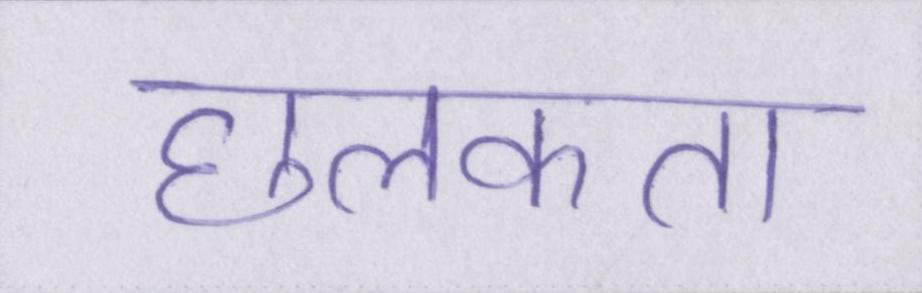
छलकता